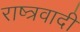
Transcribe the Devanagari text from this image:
राष्त्रवादी